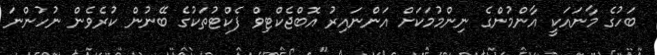
ބަހުގެ މާނައަކީ އާންމުންގެ ނިންމުމަކަށް އަންނައިރު އޮބްޖެކްޓިވް ފެކްޓުތަކުގެ ބޭނުން ކުރެވެން ނުހުންނަ